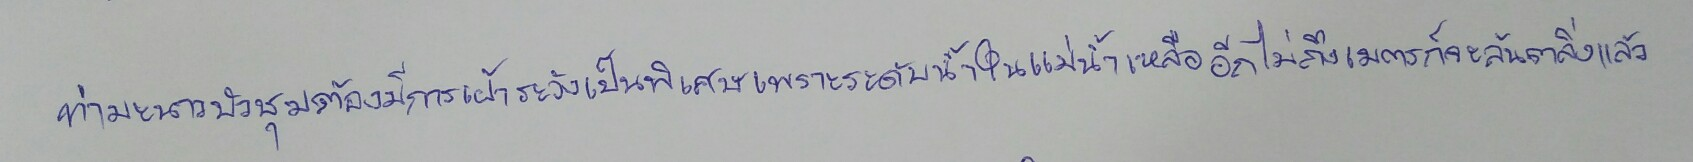
ท่ามะนาวบัวชุมต้องมีการเฝ้าระวังเป็นพิเศษเพราะระดับน้ำในแม่น้ำเหลืออีกไม่ถึงเมตรก็จะล้นตลิ่งแล้ว